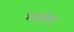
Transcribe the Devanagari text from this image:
घनारेख